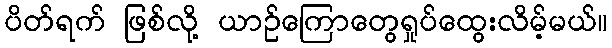
ပိတ်ရက် ဖြစ်လို့ ယာဉ်ကြောတွေရှုပ်ထွေးလိမ့်မယ်။